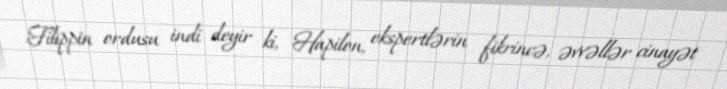
Filippin ordusu indi deyir ki, Hapilon, ekspertlərin fikrincə, əvvəllər cinayət